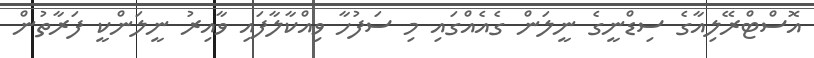
އޮސްޓްރޭލިއާގެ ސިޑްނީގެ ނީލަން ގެއެއްގައި މި ސަފުހާ ވިއްކާލާފައި ވާއިރު ނީލަންކީ ފަރާތުން